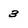
Character: 3